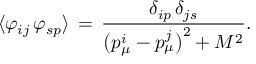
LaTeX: \langle \varphi _ { i j } \, \varphi _ { s p } \rangle \, = \, \frac { \delta _ { i p } \, \delta _ { j s } } { \bigl ( p _ { \mu } ^ { i } - p _ { \mu } ^ { j } \bigr ) ^ { 2 } + M ^ { 2 } } .